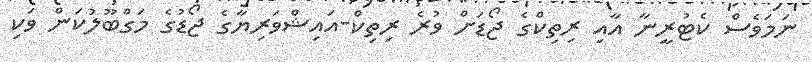
ނަމަވެސް ކެޓުރީނާ އާއި ރިތިކްގެ ޖޯޑަށް ވުރެ ރިތިކް-އައިޝްވަރިޔާގެ ޖޯޑުގެ މަގްބޫލުކަން ވަކި